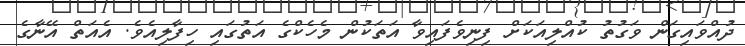
ދުއްވައިގަން ވަގުތު ކުއްލިއަކަށް ފިނިވެފައިވާ އަތަކުން މެހެކްގެ އަތުގައި ހިފާލިއެވެ. އެއަތް އޭނާގެ